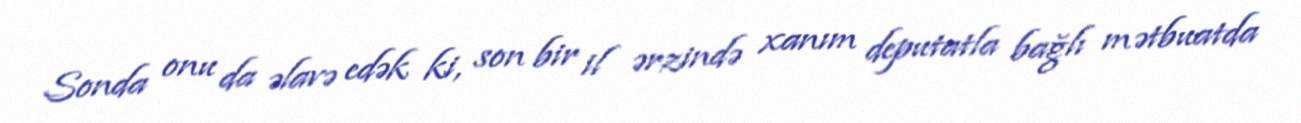
Sonda onu da əlavə edək ki, son bir il ərzində xanım deputatla bağlı mətbuatda